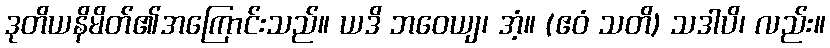
ဒုတိယနိမိတ်၏အကြောင်းသည်။ ယဒိ ဘဝေယျ၊ အံ့။ (ဧဝံ သတိ) သဒါပိ၊ လည်း။